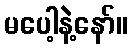
မပေါ့နဲ့နော်။